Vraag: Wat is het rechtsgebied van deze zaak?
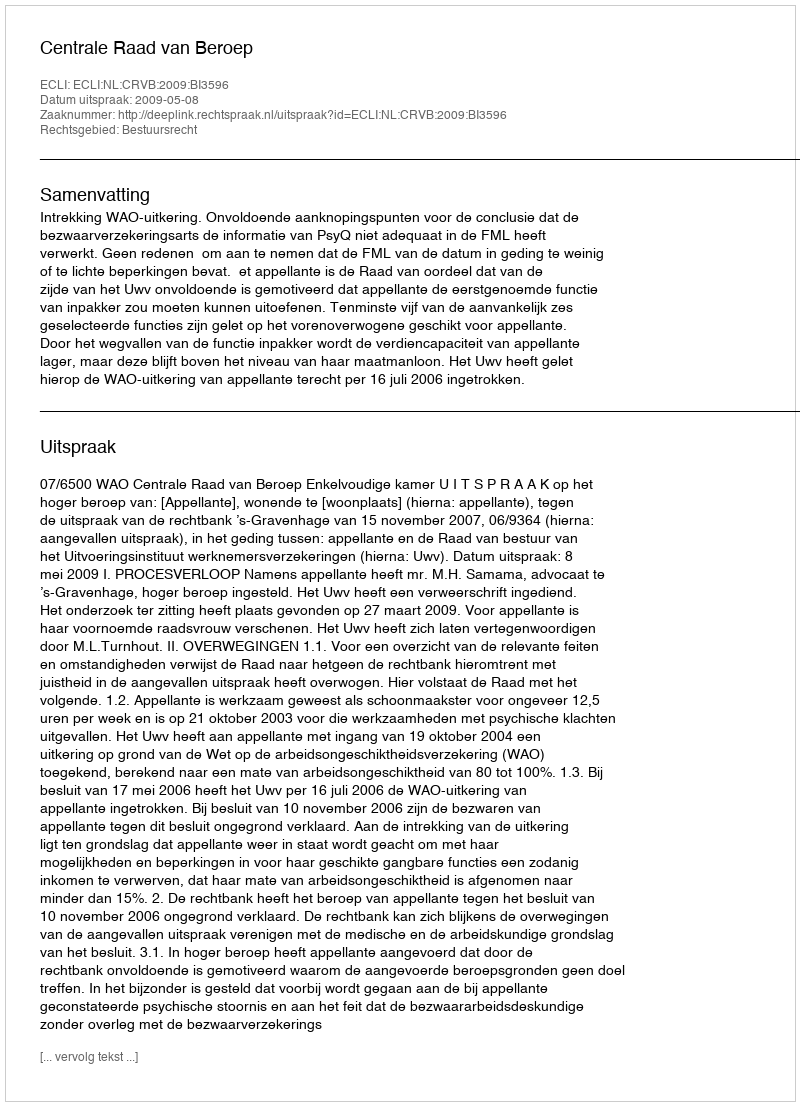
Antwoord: Bestuursrecht